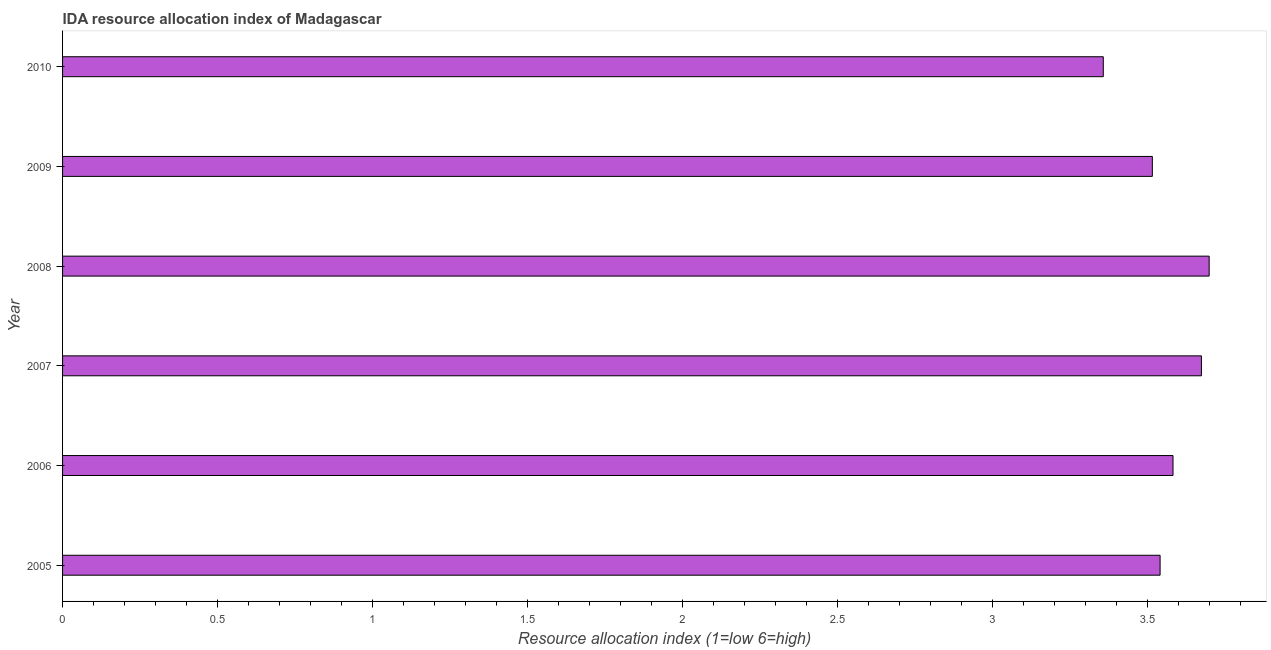
| Year | IDA resource allocation index |
 | --- | --- |
 | 2005 | 3.54 |
 | 2006 | 3.58 |
 | 2007 | 3.67 |
 | 2008 | 3.7 |
 | 2009 | 3.52 |
 | 2010 | 3.36 |